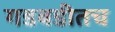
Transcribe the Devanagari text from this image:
गडबडीतच